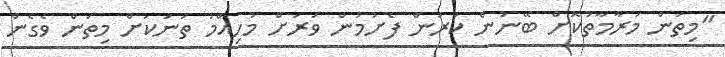
"މިތަން މަރާމާތުކޮށް ބޭނުން ކުރަން ފެށުމުން ވަރަށް މުހިއްމު ތަނަކަށް މިތަން ވެގެން